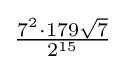
{\tfrac {7^{2}\cdot 179{\sqrt {7}}}{2^{15}}}